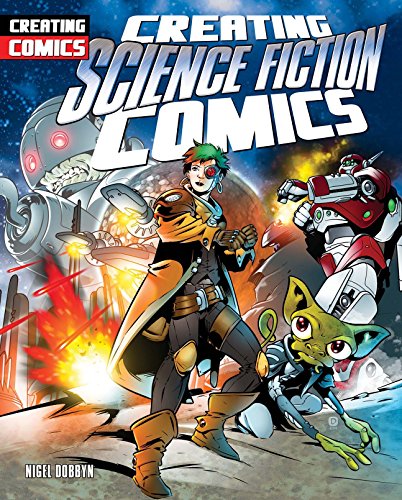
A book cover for Creating Science Fiction Comics (Creating Comics); Nigel Dobbyn; Science Fiction & Fantasy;